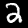
Label: 2